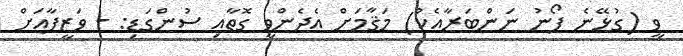
ވީ (ގުޅޭނެ ފޯނު ނަންބަރާއެކު) މަޤާމަށް އެދެންވީ ގޮތާއި ސުންގަޑި: - ވަޒީފާއަށް